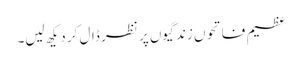
عظیم فاتحوں زندگیوں پر نظر ڈال کر دیکھ لیں۔